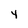
Character: y